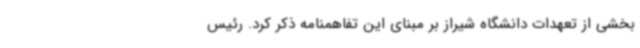
بخشی از تعهدات دانشگاه شیراز بر مبنای این تفاهمنامه ذکر کرد. رئیس